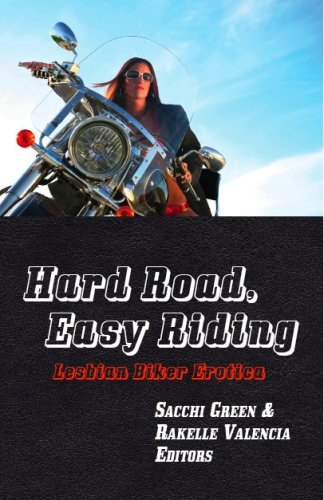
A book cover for Hard Road, Easy Riding: Lesbian Biker Erotica; Sacchi Green; Romance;